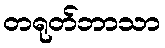
တရုတ်ဘာသာ